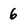
Character: 6